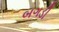
બગડી